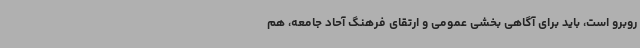
روبرو است، باید برای آگاهی بخشی عمومی و ارتقای فرهنگ آحاد جامعه، هم